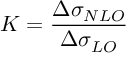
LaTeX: K = \frac { \Delta \sigma _ { N L O } } { \Delta \sigma _ { L O } }